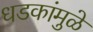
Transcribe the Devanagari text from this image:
धडकांमुळे